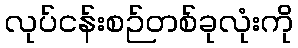
လုပ်ငန်းစဉ်တစ်ခုလုံးကို